65_HS1-834228961_62-HQ-83894_Section_3
Agency: FBI
Page 78
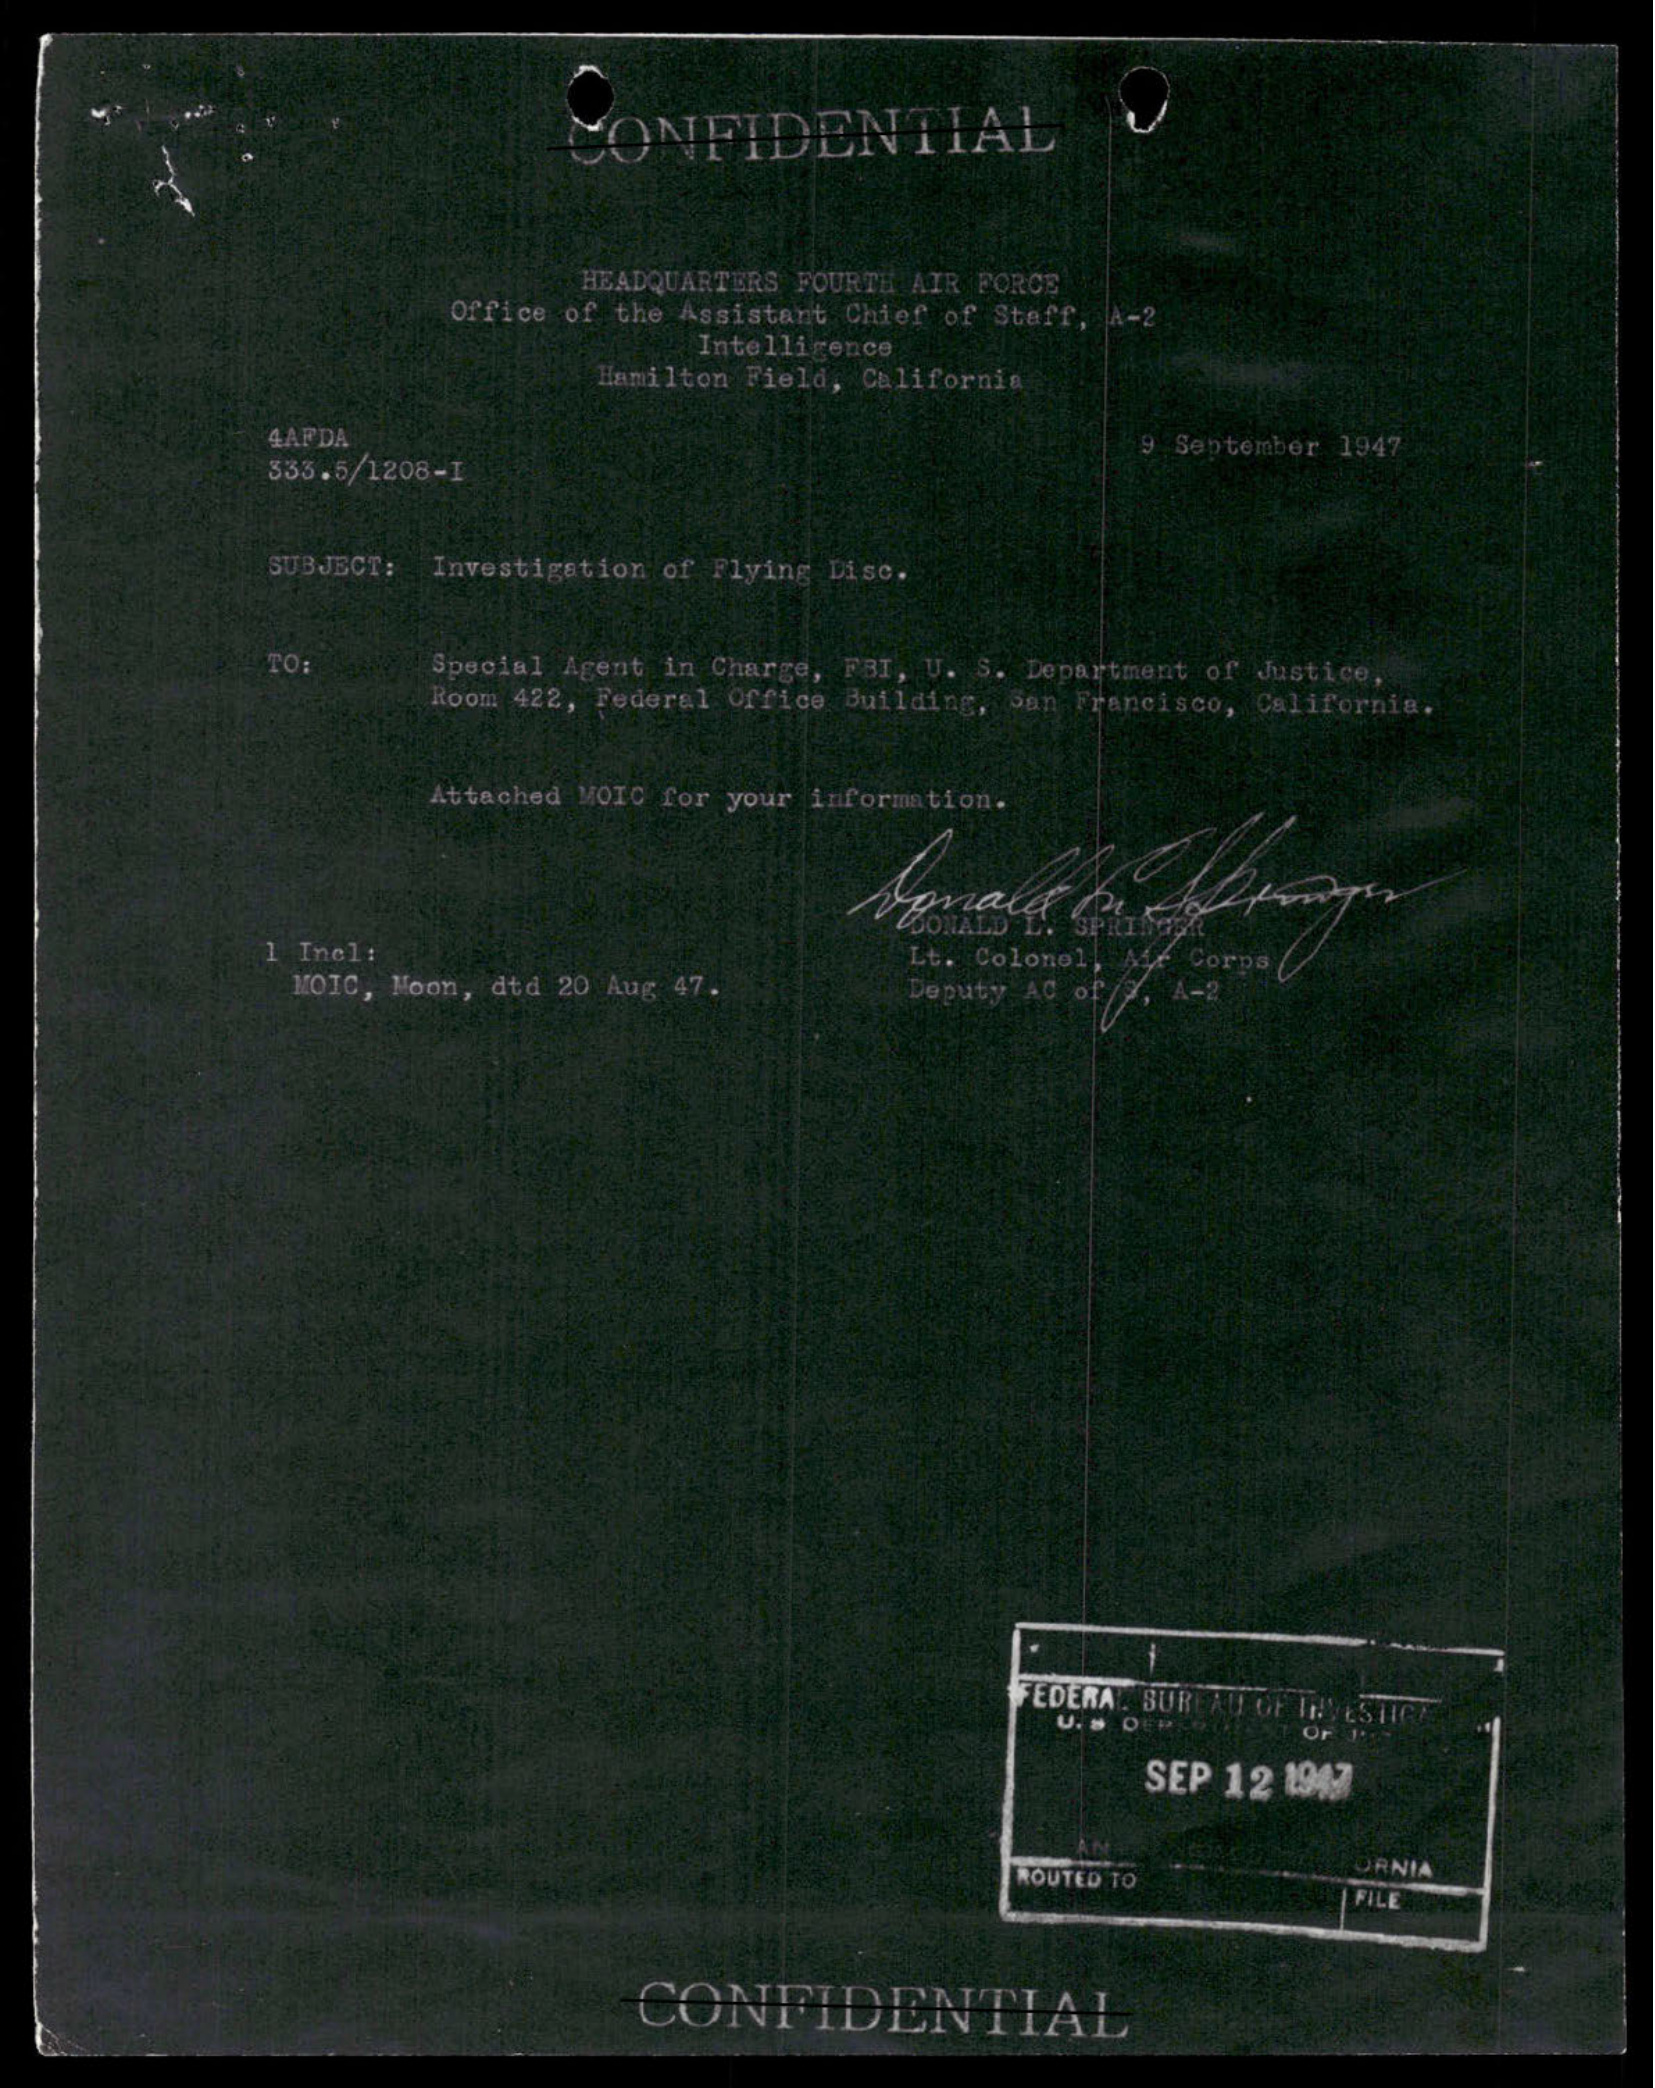